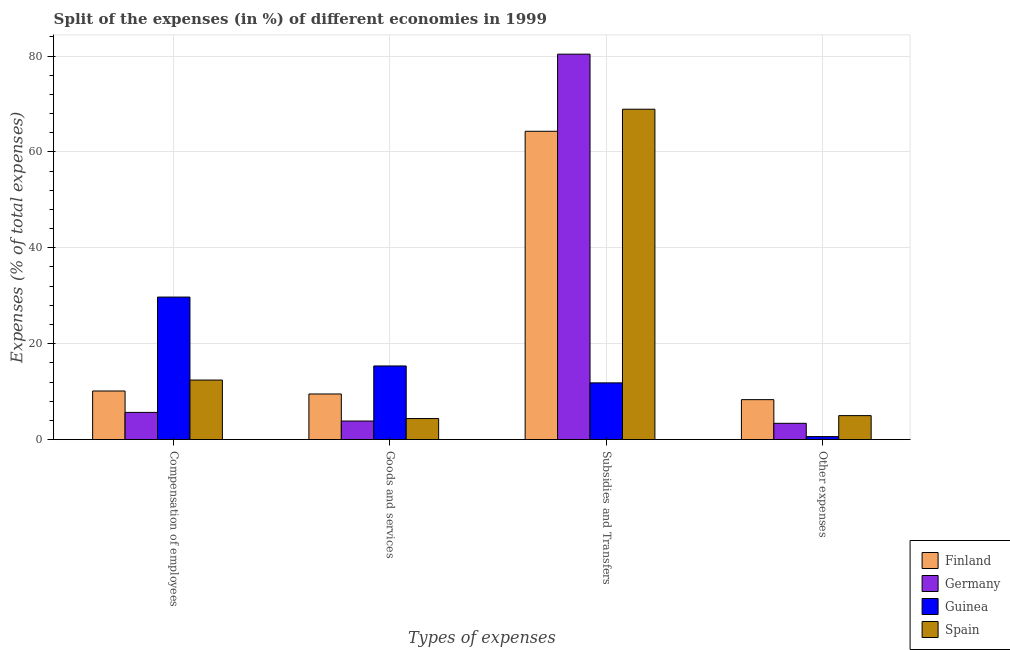
| Types of expenses | Finland | Germany | Guinea | Spain |
 | --- | --- | --- | --- | --- |
 | Compensation of employees | 10.1 | 5.67 | 29.7 | 12.4 |
 | Goods and services | 9.51 | 3.87 | 15.4 | 4.39 |
 | Subsidies and Transfers | 64.3 | 80.4 | 11.8 | 68.9 |
 | Other expenses | 8.33 | 3.4 | 0.626 | 5 |